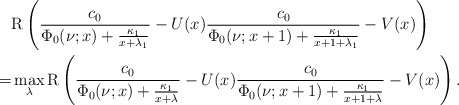
\begin{align*}&\mathrm{R}\left(\frac{c_0}{\Phi_0(\nu;x)+\frac{\kappa_1}{x+\lambda_1}}-U(x)\frac{c_0}{\Phi_0(\nu;x+1)+\frac{\kappa_1}{x+1+\lambda_1}}-V(x)\right)\\=&\max_{\lambda}\mathrm{R}\left(\frac{c_0}{\Phi_0(\nu;x)+\frac{\kappa_1}{x+\lambda}}-U(x)\frac{c_0}{\Phi_0(\nu;x+1)+\frac{\kappa_1}{x+1+\lambda}}-V(x)\right).\end{align*}